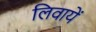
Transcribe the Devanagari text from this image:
लिवायें